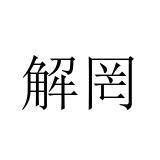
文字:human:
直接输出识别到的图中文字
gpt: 解罔